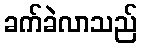
ခက်ခဲလာသည်